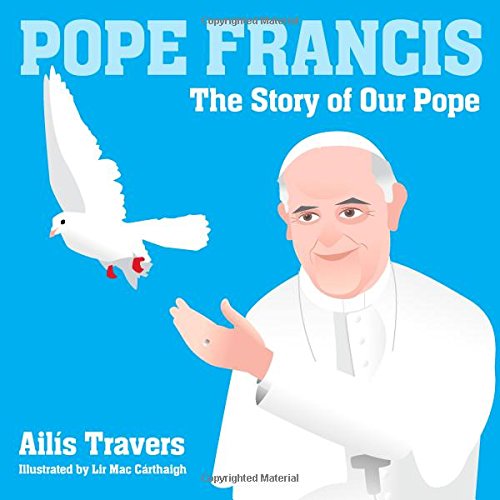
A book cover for Pope Francis: The Story of Our Pope; Ailis Travers; Teen & Young Adult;